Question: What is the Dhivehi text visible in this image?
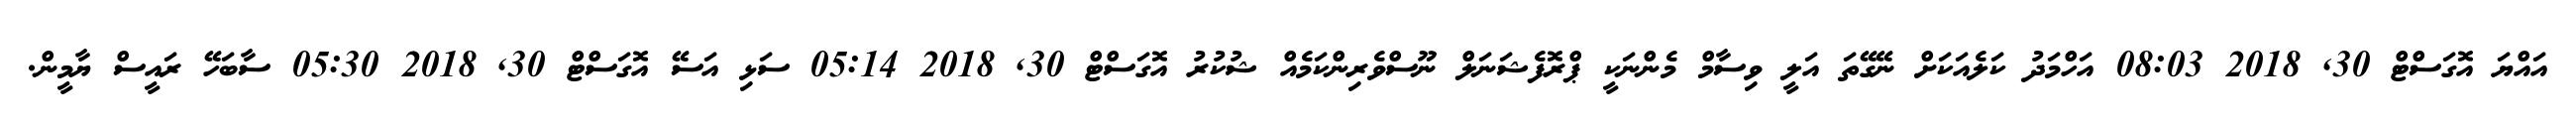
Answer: އައްޔަ އޮގަސްޓް 30, 2018 08:03 އަހްމަދު ކަލެއަކަށް ނޭގޭތަ އަލީ ވިސާމް މެންނަކީ ޕްރޮފެޝަނަލް ނޫސްވެރިންކަމެއް ޝުކުރު އޮގަސްޓް 30, 2018 05:14 ސަޅި އަސޭ އޮގަސްޓް 30, 2018 05:30 ސާބަހޭ ރައީސް ޔާމީން.